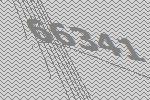
66341